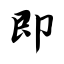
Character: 即